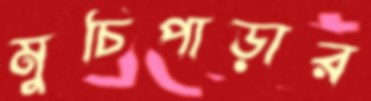
মুচিপাড়ার